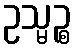
ဥသ္မဉ္စ